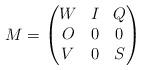
LaTeX: \begin{align*}M=\begin{pmatrix}W&I&Q\\O&0&0\\V&0&S\end{pmatrix}\end{align*}